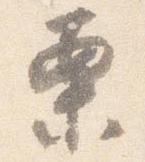
案